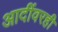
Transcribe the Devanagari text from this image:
आदींवरही